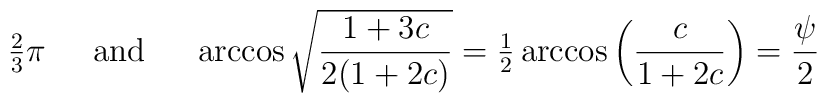
{\textstyle{2\over3}}\pi \hspace{6mm} \mbox{and}\hspace{6mm}\arccos\sqrt{\frac{1+3c}{2(1+2c)}}= {\textstyle{1\over2}} \arccos\left(\frac{c}{1+2c}\right) =\frac{\psi}{2}